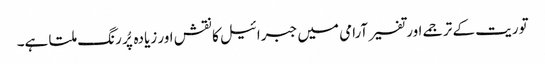
توریت کے ترجمے اور تفسیر آرامی میں جبرائیل کا نقش اور زیادہ پُر رنگ ملتا ہے۔